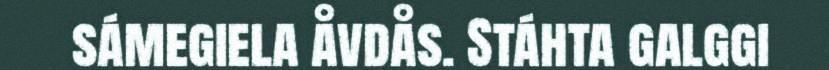
sámegiela åvdås. Stáhta galggi